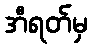
အီရတ်မှ